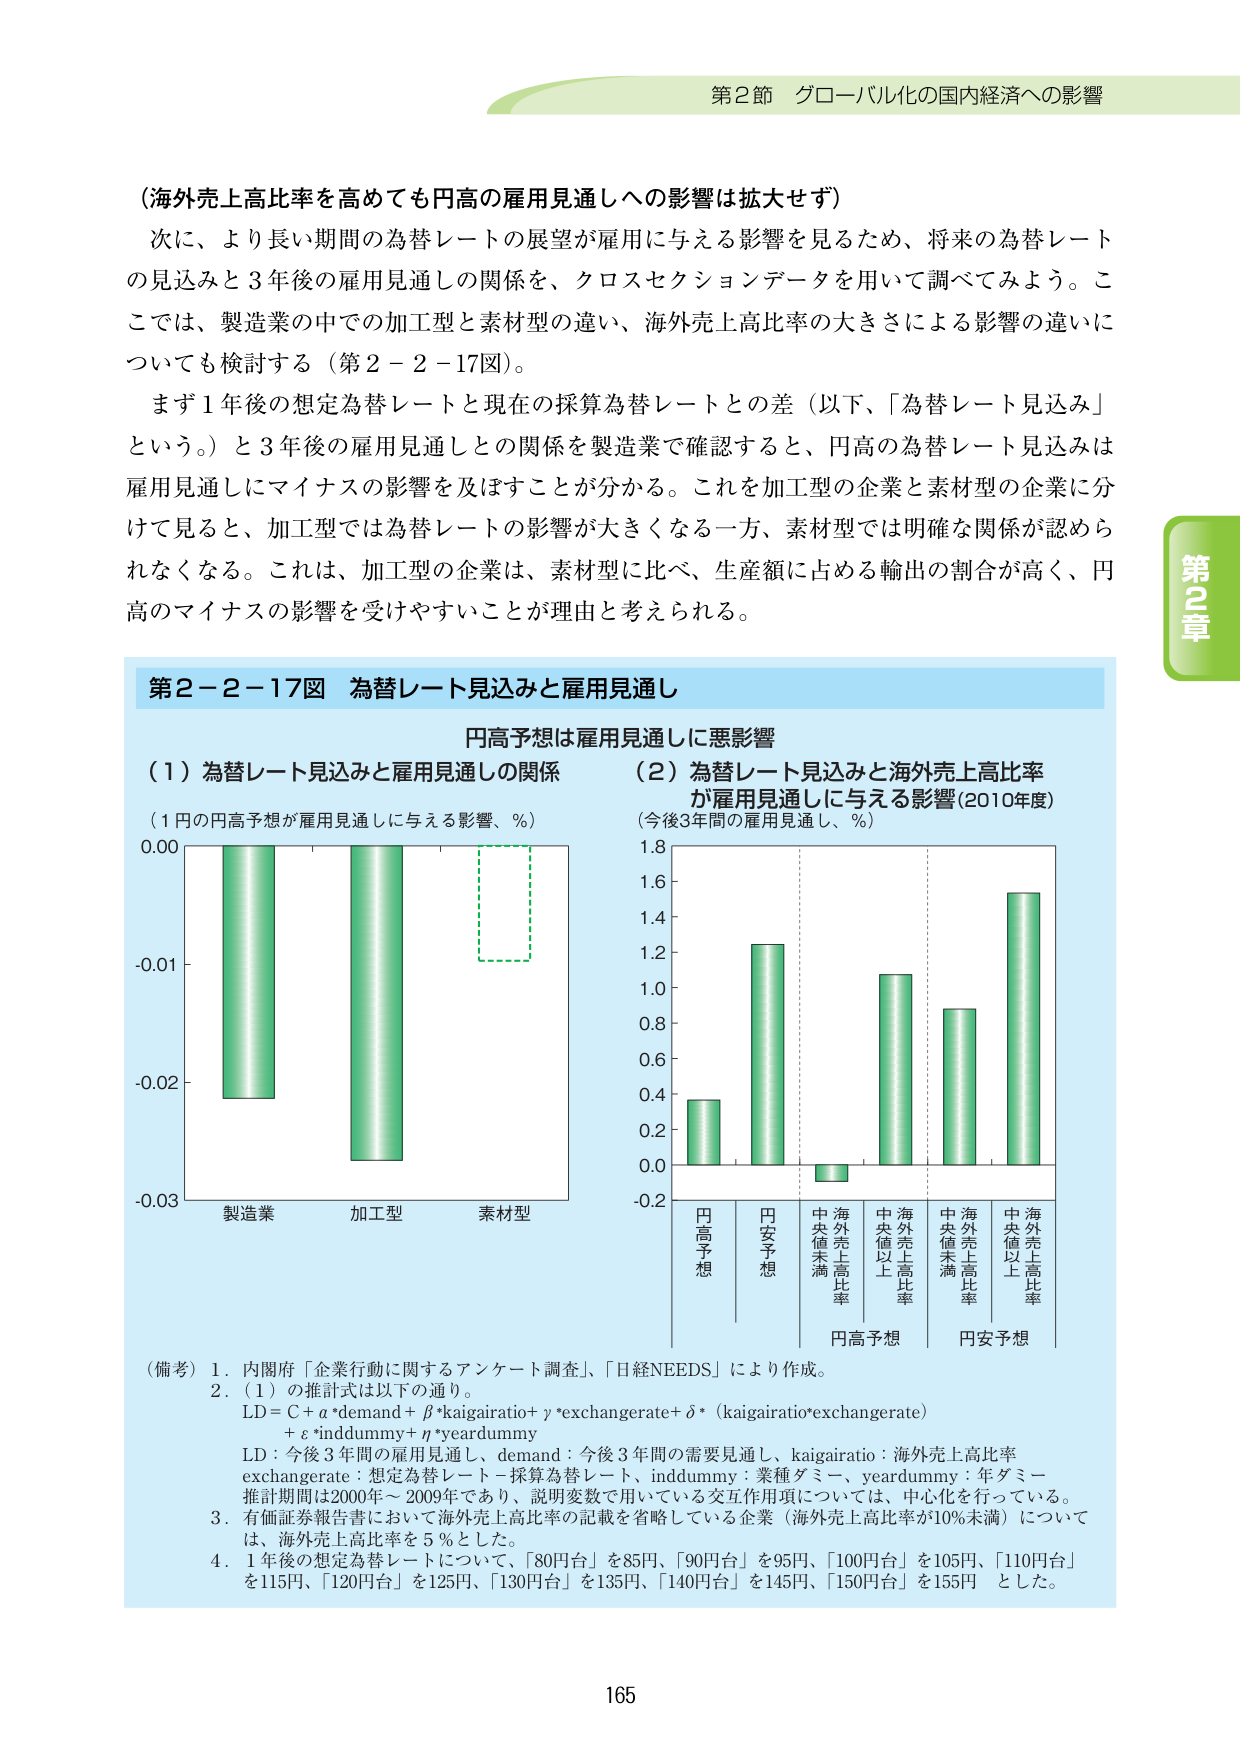
第2節 グローバル化の国内経済への影響

（海外売上高比率を高めても円高の雇用見通しへの影響は拡大せず）

次に、より長い期間の為替レートの展望が雇用に与える影響を見るため、将来の為替レートの見込みと3年後の雇用見通しの関係を、クロスセクションデータを用いて調べてみよう。ここでは、製造業の中での加工型と素材型の違い、海外売上高比率の大きさによる影響の違いについても検討する（第2－2－17図）。

まず1年後の想定為替レートと現在の採算為替レートとの差（以下、「為替レート見込み」という。）と3年後の雇用見通しとの関係を製造業で確認すると、円高の為替レート見込みは雇用見通しにマイナスの影響を及ぼすことが分かる。これを加工型の企業と素材型の企業に分けて見ると、加工型では為替レートの影響が大きくなる一方、素材型では明確な関係が認められなくなる。これは、加工型の企業は、素材型に比べ、生産額に占める輸出の割合が高く、円高のマイナスの影響を受けやすいことが理由と考えられる。

第2－2－17図 為替レート見込みと雇用見通し

円高予想は雇用見通しに悪影響

（1）為替レート見込みと雇用見通しの関係
（1円の円高予想が雇用見通しに与える影響、％）

（2）為替レート見込みと海外売上高比率が雇用見通しに与える影響（2010年度）
（今後3年間の雇用見通し、％）

製造業 加工型 素材型

円高予想 円安予想 中央値未満 海外売上高比率 中央値以上 海外売上高比率 中央値未満 海外売上高比率 中央値以上 海外売上高比率
円高予想 円安予想

（備考）1．内閣府「企業行動に関するアンケート調査」、「日経NEEDS」により作成。
2．（1）の推計式は以下の通り。
LD = C + α*demand + β*kaigairatio + γ*exchangerate + δ*(kaigairatio*exchangerate)
+ ε*inddummy + η*yeardummy
LD：今後3年間の雇用見通し、demand：今後3年間の需要見通し、kaigairatio：海外売上高比率
exchangerate：想定為替レート－採算為替レート、inddummy：業種ダミー、yeardummy：年ダミー
推計期間は2000年～2009年であり、説明変数で用いている交互作用項については、中心化を行っている。
3．有価証券報告書において海外売上高比率の記載を省略している企業（海外売上高比率が10％未満）については、海外売上高比率を5％とした。
4．1年後の想定為替レートについて、「80円台」を85円、「90円台」を95円、「100円台」を105円、「110円台」を115円、「120円台」を125円、「130円台」を135円、「140円台」を145円、「150円台」を155円とした。

第2章

165